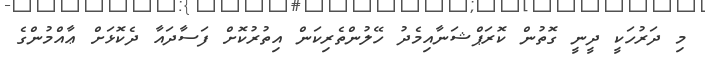
މި ދަރުހަކީ ދީނީ ގޮތުން ކޮރަޕްޝަނާއިމެދު ހޭލުންތެރިކަން އިތުރުކޮށް ފަސާދައާ ދެކޮޅަށް ޢާއްމުންގެ